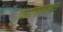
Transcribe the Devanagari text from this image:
प्रत्यारोपणासाठी